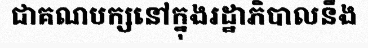
ជាគណបក្សនៅក្នុងរដ្ឋាភិបាលនឹង